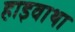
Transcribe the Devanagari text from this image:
हाइवाथा